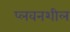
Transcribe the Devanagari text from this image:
प्लवनशील